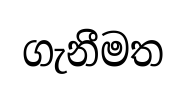
ගැනීමත